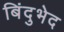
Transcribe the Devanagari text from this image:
बिंदुभेद